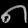
Digit: ၈